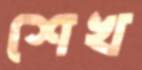
শেখ